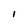
Character: i